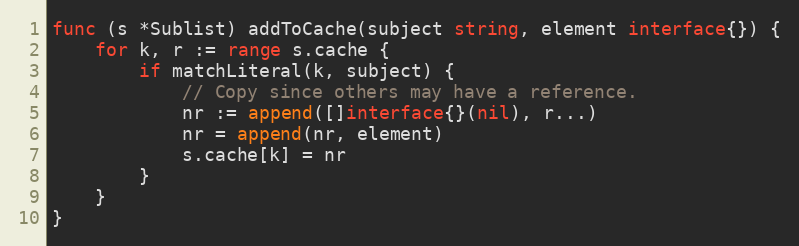
Language: Go
func (s *Sublist) addToCache(subject string, element interface{}) {
	for k, r := range s.cache {
		if matchLiteral(k, subject) {
			// Copy since others may have a reference.
			nr := append([]interface{}(nil), r...)
			nr = append(nr, element)
			s.cache[k] = nr
		}
	}
}